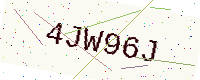
Text: 4JW96J